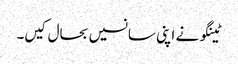
ٹینگو نے اپنی سانسیں بحال کیں۔